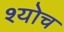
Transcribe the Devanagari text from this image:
श्योच